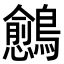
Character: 𬷴